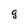
Character: g